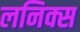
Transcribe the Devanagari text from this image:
लनिक्स